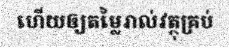
ហើយឲ្យតម្លៃរាល់វត្ថុគ្រប់